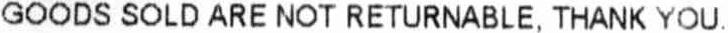
GOODS SOLD ARE NOT RETURNABLE, THANK YOU.